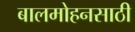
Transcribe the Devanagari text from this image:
बालमोहनसाठी